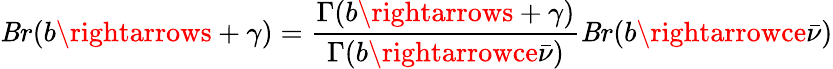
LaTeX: \mathit{B}r(b\rightarrows+\gamma)=\frac{{\Gamma(b\rightarrows+\gamma)}}{{\Gamma(b\rightarrowce\bar{{\nu}})}}\mathit{B}r(b\rightarrowce\bar{{\nu}})